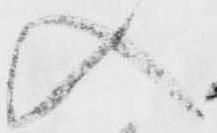
入